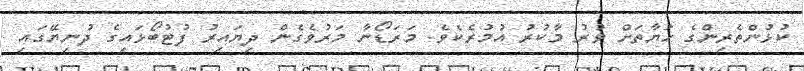
ކުޅުންތެރިންގެ ހަޔާތަށް ވުރު މާކުރު އުމުރެކެވެ. މަރަޑޯނާ މަރުވެގެން ދިޔައިރު ފުޓުބޯޅައިގެ ދުނިޔޭގައި